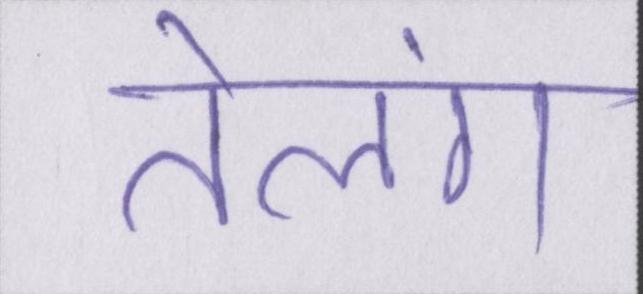
तेलंग